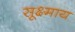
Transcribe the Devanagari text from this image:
सूक्ष्माय